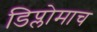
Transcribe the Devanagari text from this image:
डिप्लोमाच